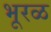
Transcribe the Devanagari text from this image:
भूरळ